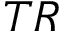
T R